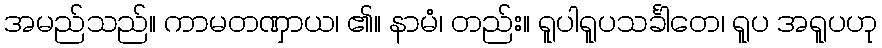
အမည်သည်။ ကာမတဏှာယ၊ ၏။ နာမံ၊ တည်း။ ရူပါရူပသင်္ခါတေ၊ ရူပ အရူပဟု